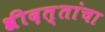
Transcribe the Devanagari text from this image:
श्रीदत्तांचा